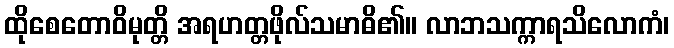
ထိုစေတောဝိမုတ္တိ အရဟတ္တဖိုလ်သမာဓိ၏။ လာဘသက္ကာရသိလောကံ၊